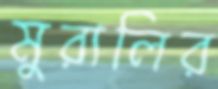
মুরালির